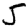
Digit: 5